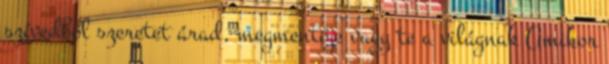
szívedből szeretet árad, megmentője vagy te a világnak Amikor